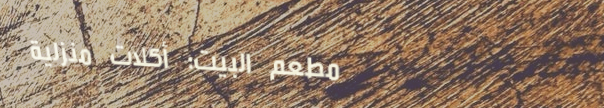
مطعم البيت: أكلات منزلية